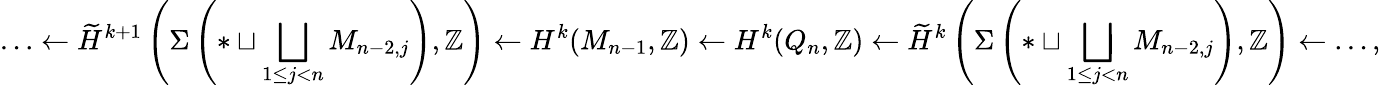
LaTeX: {{\ldots\leftarrow\widetilde{H}^{k+1}\left(\Sigma\left(*\sqcup\bigsqcup_{1\leq j<n}M_{n-2,j}\right),\mathbb Z\right)\leftarrow H^{k}(M_{n-1},\mathbb Z)\leftarrow H^{k}({Q}_{n},\mathbb Z)\leftarrow\widetilde{H}^{k}\left(\Sigma\left(*\sqcup\bigsqcup_{1\leq j<n}M_{n-2,j}\right),\mathbb Z\right)\leftarrow\ldots,}}